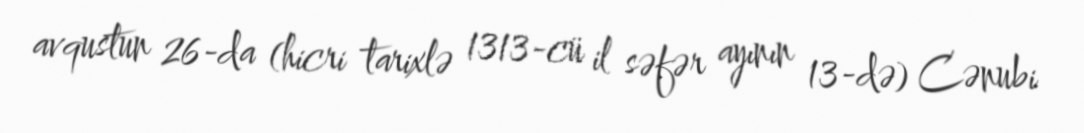
avqustun 26-da (hicri tarixlə 1313-cü il səfər ayının 13-də) Cənubi